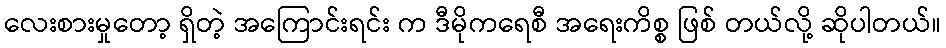
လေးစားမှုတော့ ရှိတဲ့ အကြောင်းရင်း က ဒီမိုကရေစီ အရေးကိစ္စ ဖြစ် တယ်လို့ ဆိုပါတယ်။